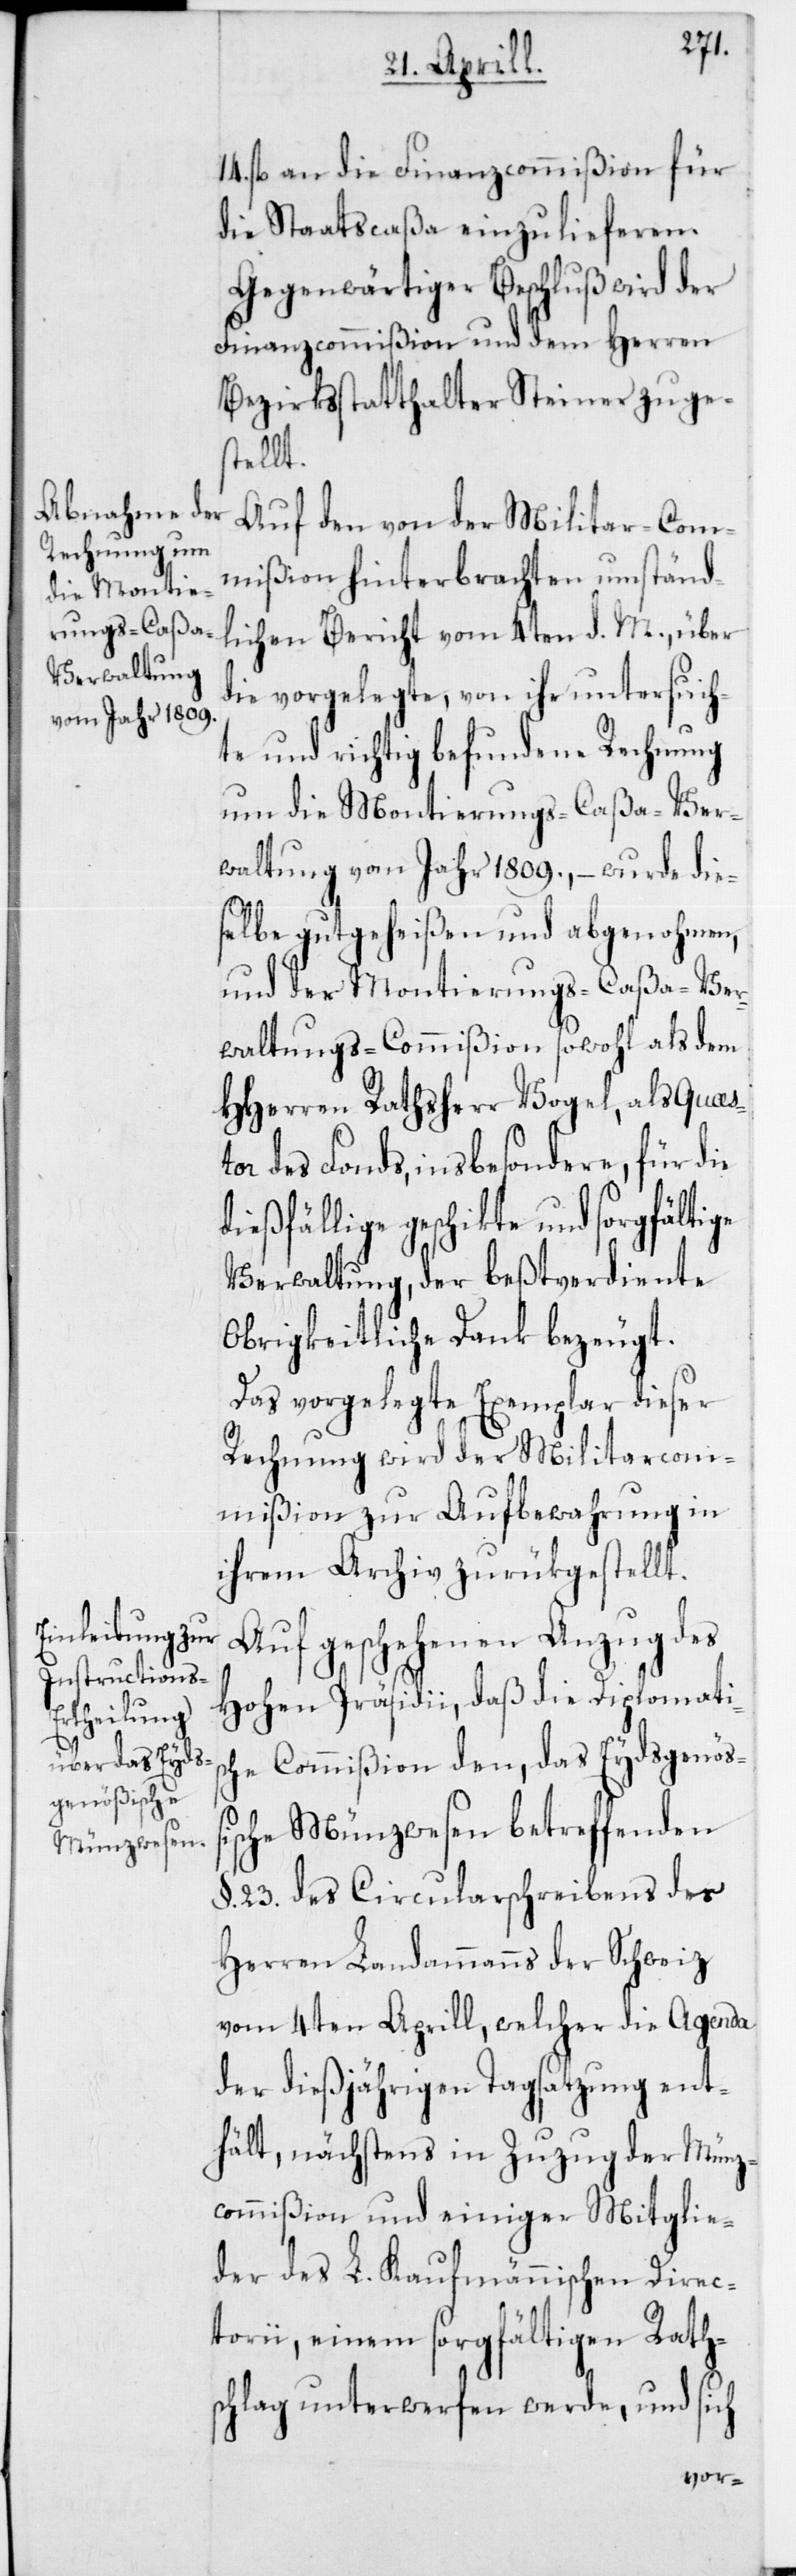
14. fl. an die Finanzcommißion für
die Staatscaßa einzulieferen.
Gegenwärtiger Beschluß wird der
Finanzcommißion und dem Herren
Bezirksstatthalter Steiner zuges¬
tellt.
Auf den von der Militar-Com¬
mißion hinterbrachten umständ¬
lichen Bericht vom 4ten d. M., über
die vorgelegte, von ihr untersuch¬
te und richtig befundene Rechnung
um die Montierungs-Caßa-Ver¬
waltung vom Jahr 1809., – wurde die¬
selbe gutgeheißen und abgenohmen,
und der Montierungs-Caßa-Ver¬
waltungs-Commißion sowohl als dem
HHerren Rathsherr Vogel, als Quaest¬
or des Fonds, insbesondere, für die
dießfällige geschikte und sorgfältige
Verwaltung, der beßtverdiente
Obrigkeitliche Dank bezeugt.
Das vorgelegte Exemplar dieser
Rechnung wird der Militarcom¬
mißion zur Aufbewahrung in
ihrem Archiv zurükgestellt.
Auf geschehenen Anzug des
Hohen Präsidii, daß die Diplomatis¬
che Commißion den, das Eydsgenößi¬
sche Münzwesen betreffenden
§ .23. des Circularschreibens des
Herren Landammanns der Schweiz
vom 4ten Aprill, welcher die Agenda
der dießjährigen Tagsatzung ent¬
hält, nächstens in Zuzug der Münz¬
commißion und einiger Mitglie¬
der des L. Kaufmännischen Direc¬
torii, einem sorgfältigen Rath¬
schlag unterwerfen werde, und sich